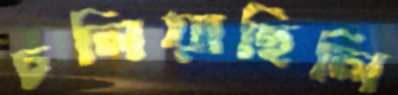
চলিয়াছিলি